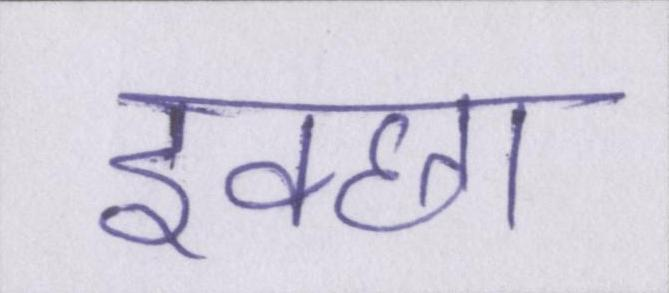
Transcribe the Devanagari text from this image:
इक्छा